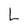
Character: L